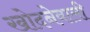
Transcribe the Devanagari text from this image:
खोदनेवाली